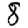
Digit: 8